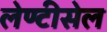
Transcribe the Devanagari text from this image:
लेण्टीसेल